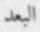
البعد